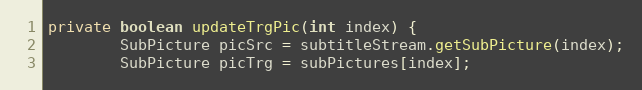
Language: Java
private boolean updateTrgPic(int index) {
		SubPicture picSrc = subtitleStream.getSubPicture(index);
		SubPicture picTrg = subPictures[index];